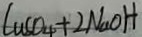
C u S O _ { 4 } + 2 N a O H